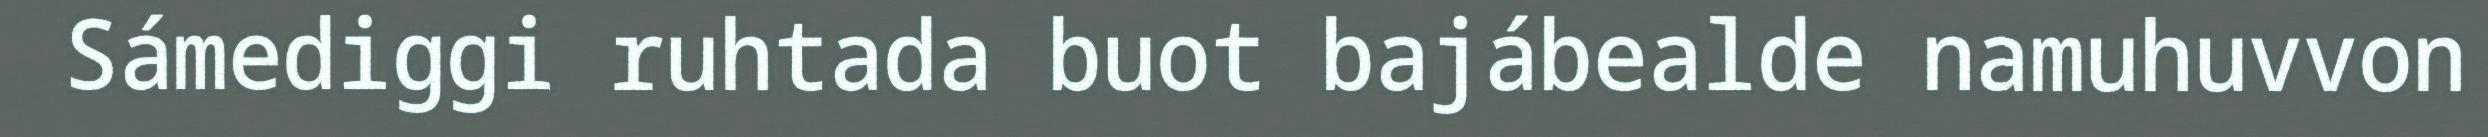
Sámediggi ruhtada buot bajábealde namuhuvvon